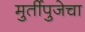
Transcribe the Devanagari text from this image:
मुर्तीपुजेचा